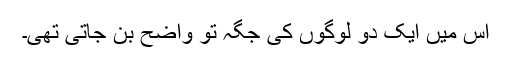
اس میں ایک دو لوگوں کی جگہ تو واضح بن جاتی تھی۔